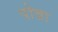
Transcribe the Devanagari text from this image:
पोन्ना